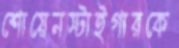
শোয়েনস্টাইগারকে